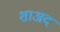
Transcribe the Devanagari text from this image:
शाअद